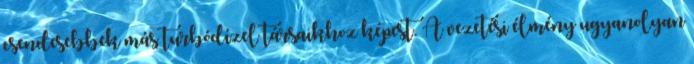
csendesebbek más turbódízel társaikhoz képest. A vezetési élmény ugyanolyan